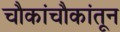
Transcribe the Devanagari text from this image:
चौकांचौकांतून